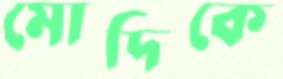
মোদিকে